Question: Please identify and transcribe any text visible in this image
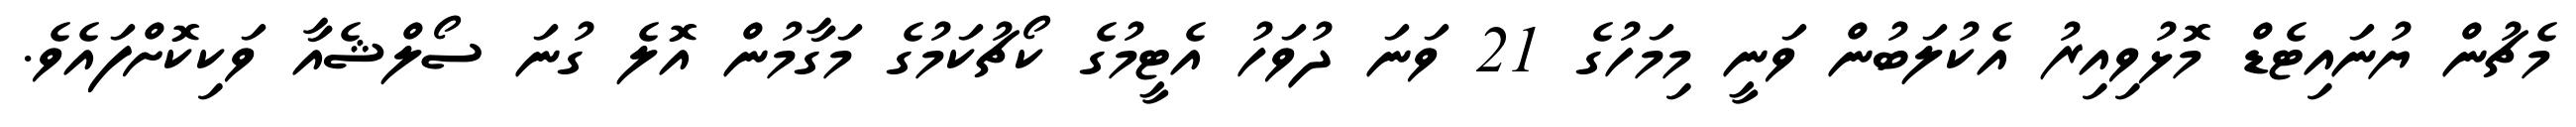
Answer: މެޗުން ޔުނައިޓެޑް މޮޅުވިއިރު އެކުލަބުން ވަނީ މިމަހުގެ 21 ވަނަ ދުވަހު އެޓީމުގެ ކޯޗުކަމުގެ މަގާމުން އޮލެ ގުނަ ސޯލްޝެއާ ވަކިކޮށްފައެވެ.